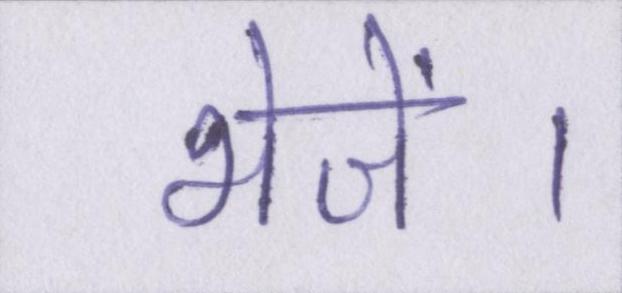
भेजें।